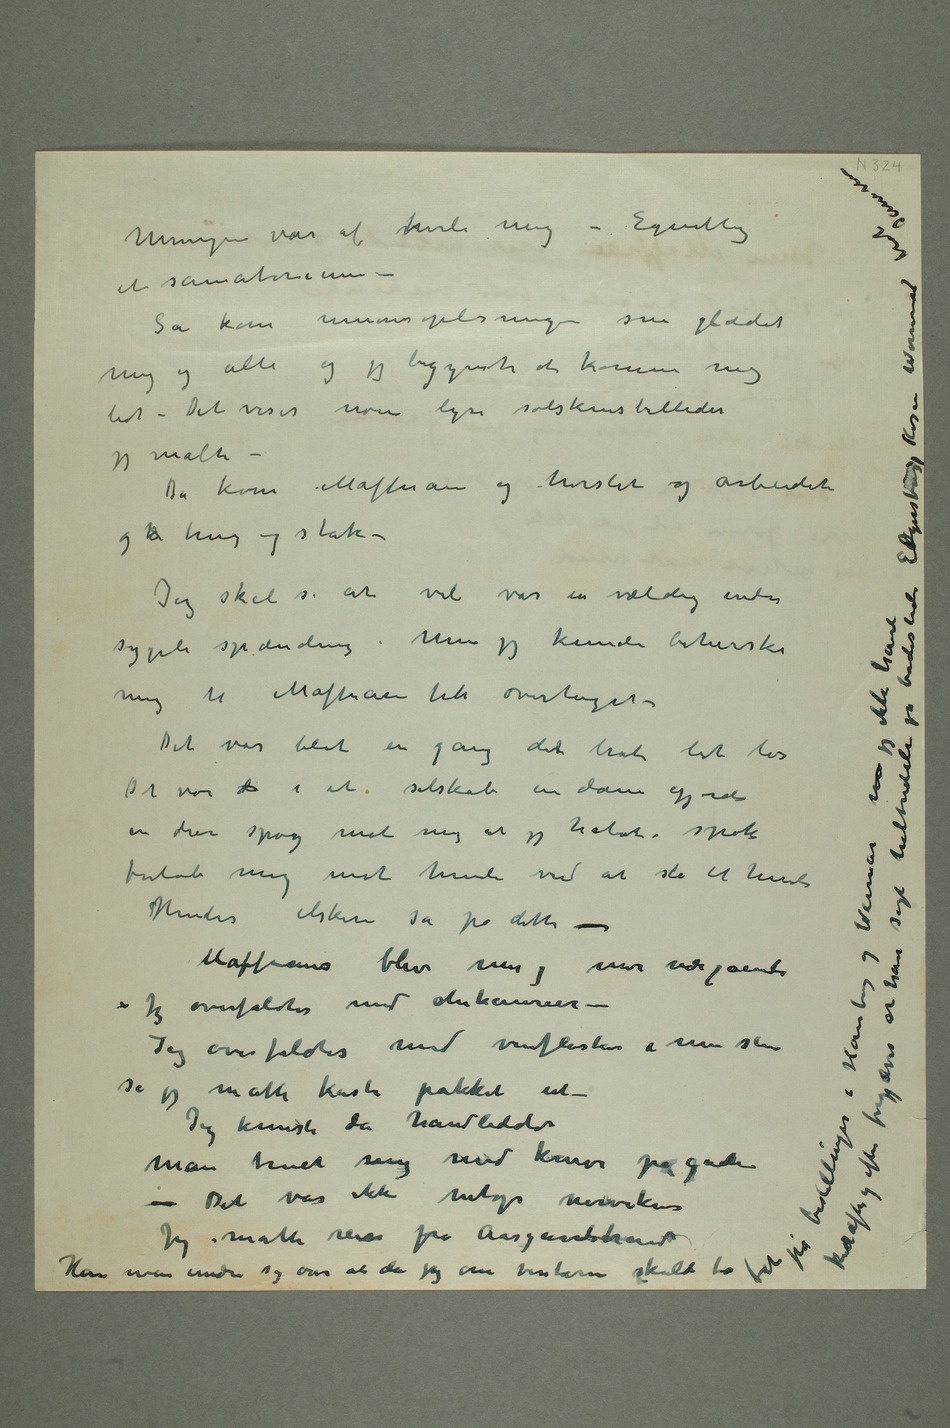
Meningen var at vhvile mig – Egentlig
Så kom unionsopløsningen som glædet
mig og alle og jeg begyndte at komme mig
lidt – Det viser noen lyse solskinsbilleder
jeg malte –
Da kom Maffiaen og hersket og arbeidet
og k hug og stak –
Jeg skal si at vel var en vældig endu
sygeli spænding. Men jeg kunde beherske
mig til Maffiaen fik overtaget –
Det var blot en gang dert brøt lidt løs
Det var d i et selskab en dame gjorde
en drøi spøg mot mig at jeg halvt i spøk
forløb mig mot hende ved at slå til hende
Hendes elskere så på dette –
Maffiaen blev mer og mer nærgående
– Jeg overfaldtes med chinanerier –
Jeg overfaldtes med vinflasker i min stue
så jeg måtte kaste pakket ut –
Jeg knuste da håndleddet
Jeg måtte reise fra Aasgaardstrand
Kan noen undre sig over at da jeg om vinteren skulde ta fat på bestillinger i Hamburg og Weimar når jeg ikke havde kræfter og efter